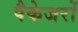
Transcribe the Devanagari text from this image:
पैकेजरों